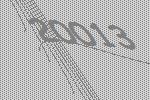
20013